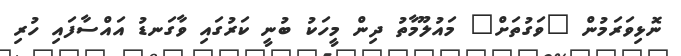
ނޮޅިވަރަމުން "ވަގުތަށް" މައުލޫމާތު ދިން މީހަކު ބުނީ ކަރުގައި ވާގަނޑު އައްސާފައި ހުރި